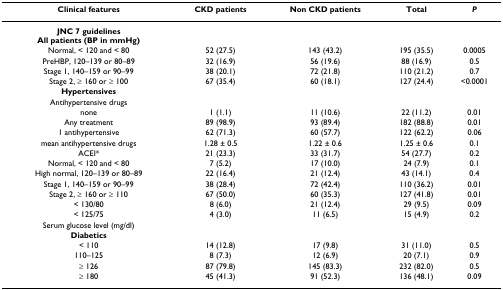
<table><thead><tr><td><b>Clinical features</b></td><td><b>CKD patients</b></td><td><b>Non CKD patients</b></td><td><b>Total</b></td><td><b><i>P</i></b></td></tr></thead><tbody><tr><td><b>JNC 7 guidelines</b><b>All patients (BP in mmHg)</b></td><td></td><td></td><td></td><td></td></tr><tr><td>Normal, &lt; 120 and &lt; 80</td><td>52 (27.5)</td><td>143 (43.2)</td><td>195 (35.5)</td><td>0.0005</td></tr><tr><td>PreHBP, 120–139 or 80–89</td><td>32 (16.9)</td><td>56 (19.6)</td><td>88 (16.9)</td><td>0.5</td></tr><tr><td>Stage 1, 140–159 or 90–99</td><td>38 (20.1)</td><td>72 (21.8)</td><td>110 (21.2)</td><td>0.7</td></tr><tr><td>Stage 2, ≥ 160 or ≥ 100</td><td>67 (35.4)</td><td>60 (18.1)</td><td>127 (24.4)</td><td>&lt;0.0001</td></tr><tr><td><b>Hypertensives</b></td><td></td><td></td><td></td><td></td></tr><tr><td>Antihypertensive drugs</td><td></td><td></td><td></td><td></td></tr><tr><td>none</td><td>1 (1.1)</td><td>11 (10.6)</td><td>22 (11.2)</td><td>0.01</td></tr><tr><td>Any treatment</td><td>89 (98.9)</td><td>93 (89.4)</td><td>182 (88.8)</td><td>0.01</td></tr><tr><td>1 antihypertensive</td><td>62 (71.3)</td><td>60 (57.7)</td><td>122 (62.2)</td><td>0.06</td></tr><tr><td>mean antihypertensive drugs</td><td>1.28 ± 0.5</td><td>1.22 ± 0.6</td><td>1.25 ± 0.6</td><td>0.1</td></tr><tr><td>ACEI*</td><td>21 (23.3)</td><td>33 (31.7)</td><td>54 (27.7)</td><td>0.2</td></tr><tr><td>Normal, &lt; 120 and &lt; 80</td><td>7 (5.2)</td><td>17 (10.0)</td><td>24 (7.9)</td><td>0.1</td></tr><tr><td>High normal, 120–139 or 80–89</td><td>22 (16.4)</td><td>21 (12.4)</td><td>43 (14.1)</td><td>0.4</td></tr><tr><td>Stage 1, 140–159 or 90–99</td><td>38 (28.4)</td><td>72 (42.4)</td><td>110 (36.2)</td><td>0.01</td></tr><tr><td>Stage 2, ≥ 160 or ≥ 110</td><td>67 (50.0)</td><td>60 (35.3)</td><td>127 (41.8)</td><td>0.01</td></tr><tr><td>&lt; 130/80</td><td>8 (6.0)</td><td>21 (12.4)</td><td>29 (9.5)</td><td>0.09</td></tr><tr><td>&lt; 125/75</td><td>4 (3.0)</td><td>11 (6.5)</td><td>15 (4.9)</td><td>0.2</td></tr><tr><td>Serum glucose level (mg/dl)</td><td></td><td></td><td></td><td></td></tr><tr><td><b>Diabetics</b></td><td></td><td></td><td></td><td></td></tr><tr><td>&lt; 110</td><td>14 (12.8)</td><td>17 (9.8)</td><td>31 (11.0)</td><td>0.5</td></tr><tr><td>110–125</td><td>8 (7.3)</td><td>12 (6.9)</td><td>20 (7.1)</td><td>0.9</td></tr><tr><td>≥ 126</td><td>87 (79.8)</td><td>145 (83.3)</td><td>232 (82.0)</td><td>0.5</td></tr><tr><td>≥ 180</td><td>45 (41.3)</td><td>91 (52.3)</td><td>136 (48.1)</td><td>0.09</td></tr></tbody></table>